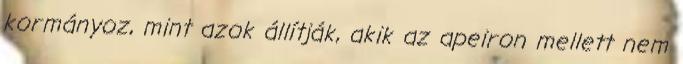
kormányoz, mint azok állítják, akik az apeiron mellett nem